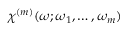
\chi ^ { ( m ) } ( \omega ; \omega _ { 1 } , \dots , \omega _ { m } )